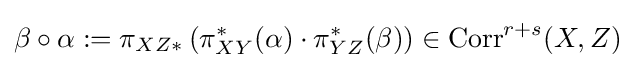
\beta \circ \alpha :=\pi _{XZ*}\left(\pi _{XY}^{*}(\alpha )\cdot \pi _{YZ}^{*}(\beta )\right)\in \operatorname {Corr} ^{r+s}(X,Z)